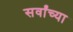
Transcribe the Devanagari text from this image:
सर्वांच्‍या